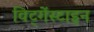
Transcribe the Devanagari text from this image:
विट्गेंस्टाइन